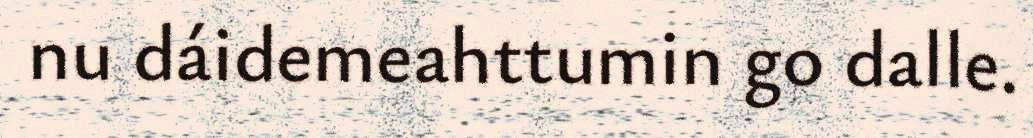
nu dáidemeahttumin go dalle.